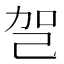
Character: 㠰